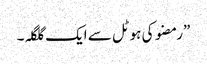
”رمضو کی ہوٹل سے ایک گلگلہ۔